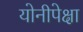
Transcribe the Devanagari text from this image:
योनीपेक्षा